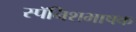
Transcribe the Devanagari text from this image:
स्पॅनिशभाषक